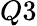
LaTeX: Q3